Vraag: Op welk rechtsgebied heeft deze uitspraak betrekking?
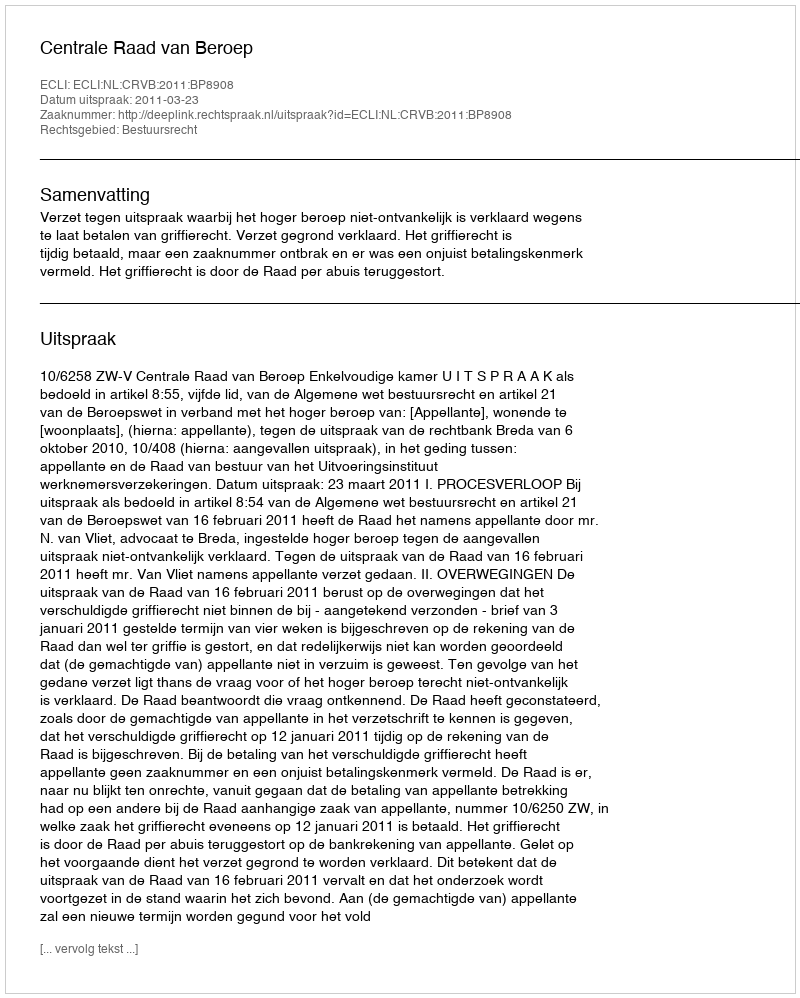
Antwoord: Bestuursrecht